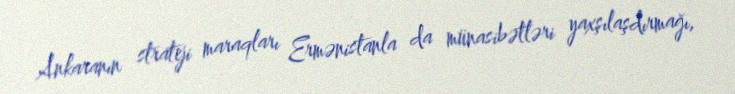
Ankaranın strateji maraqları Ermənistanla da münasibətləri yaxşılaşdırmağı,